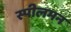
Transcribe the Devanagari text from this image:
स्पीलमन